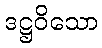
ဒဋ္ဌဝိသော